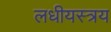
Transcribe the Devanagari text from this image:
लधीयस्त्रय